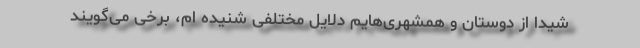
شیدا از دوستان و همشهری‌هایم دلایل مختلفی شنیده ام، برخی می‌گویند